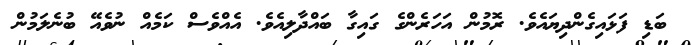
ބަޑި ފަޅައިގެންދިޔައެވެ. ރޮމުން އަހަރެންގެ ގައިގާ ބައްދާލިއެވެ. އެއްވެސް ކަމެއް ނުވެއޭ ބުނެލަމުން